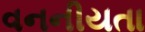
વનનીયતા